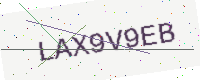
Text: LAX9V9EB